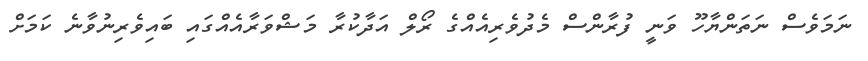
ނަމަވެސް ނަތަންޔާހޫ ވަނީ ފުރާންސް މެދުވެރިއެއްގެ ރޯލް އަދާކުރާ މަޝްވަރާއެއްގައި ބައިވެރިނުވާނެ ކަމަށް